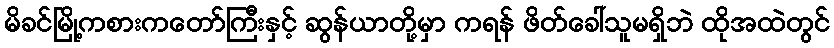
မိခင်မြို့ကစားကတော်ကြီးနှင့် ဆွန်ယာတို့မှာ ကရန် ဖိတ်ခေါ်သူမရှိဘဲ ထိုအထဲတွင်